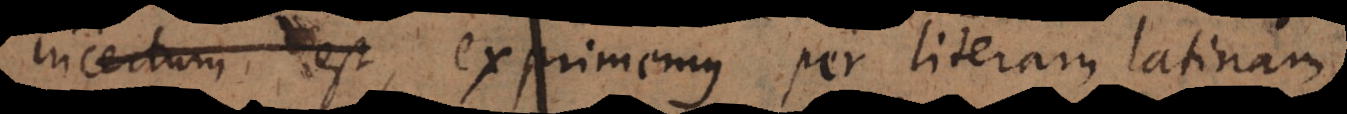
ert, exprimemus per literam latin